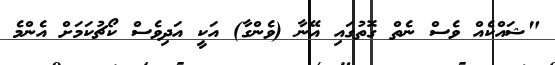
"ޝައްކެއް ވެސް ނެތް ގޮތުގައި އޭނާ (ވެންގާ) އަކީ އަދިވެސް ކޯޗުކަމަށް އެންމެ